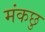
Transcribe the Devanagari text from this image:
मंकछु